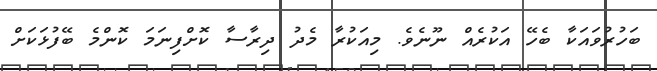
ބަހުރުވައަކާ ބެހޭ އަކުރެއް ނޫނެވެ. މިއަކުރާ މެދު ދިރާސާ ކޮށްފިނަމަ ކޮންމެ ބޭފުޅަކަށް